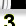
Digit: 3